Insane asylums in Bengal annual reports 1876-1887 - 1876-1887
Year: 1876
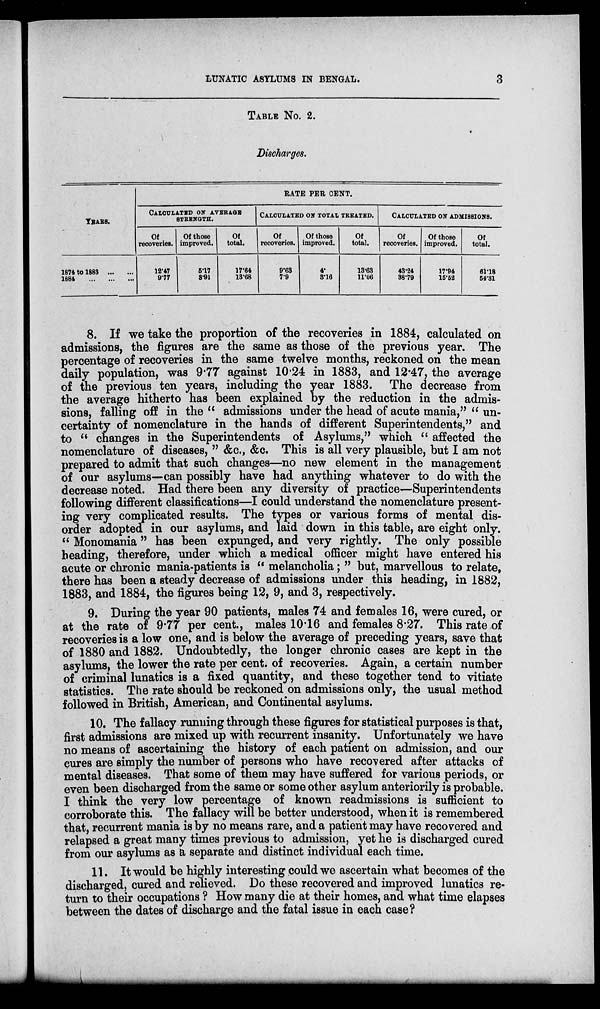
LUNATIC ASYLUMS IN BENGAL.
3
TABLE No. 2.
Discharges.
YEARS.
1874 to 1883
...
...
1884
...
...
RATE PER CENT.
CALCULATED ON AVERAGE
STRENGTH.
Of
recoveries.
12.47
9.77
Of those
improved.
5.17
3.91
Of.
total.
17.64
13.68
CALCULATED ON TOTAL TREATED.
Of
recoveries.
9.63
7.9
Of those
improved.
4.
3.16
Of
total.
13.63
11.06
CALCULATED ON ADMISSIONS.
Of
recoveries.
43.24
38.79
Of those
improved.
17.94
15.52
Of
total.
61.18
54.31
8. If we take the proportion of the recoveries in 1884, calculated on
admissions, the figures are the same as those of the previous year. The
percentage of recoveries in the same twelve months, reckoned on the mean
daily population, was 9.77 against 10.24 in 1883, and 12.47, the average
of the previous ten years, including the year 1883. The decrease from
the average hitherto has been explained by the reduction in the admis-
sions, falling off in the " admissions under the head of acute mania," " un-
certainty of nomenclature in the hands of different Superintendents," and
to " changes in the Superintendents of Asylums," which " affected the
nomenclature of diseases, " &c., &c. This is all very plausible, but I am not
prepared to admit that such changes—no new element in the management
of our asylums—can possibly have had anything whatever to do with the
decrease noted. Had there been any diversity of practice—Superintendents
following different classifications—I could understand the nomenclature present-
ing very complicated results. The types or various forms of mental dis-
order adopted in our asylums, and laid down in this table, are eight only.
" Monomania" has been expunged, and very rightly. The only possible
heading, therefore, under which a medical officer might have entered his
acute or chronic mania-patients is " melancholia; " but, marvellous to relate,
there has been a steady decrease of admissions under this heading, in 1882,
1883, and 1884, the figures being 12, 9, and 3, respectively.
9. During the year 90 patients, males 74 and females 16, were cured, or
at the rate of 9.77 per cent., males 10.16 and females 8.27. This rate of
recoveries is a low one, and is below the average of preceding years, save that
of 1880 and 1882. Undoubtedly, the longer chronic cases are kept in the
asylums, the lower the rate per cent. of recoveries. Again, a certain number
of criminal lunatics is a fixed quantity, and these together tend to vitiate
statistics. The rate should be reckoned on admissions only, the usual method
followed in British, American, and Continental asylums.
10. The fallacy running through these figures for statistical purposes is that,
first admissions are mixed up with recurrent insanity. Unfortunately we have
no means of ascertaining the history of each patient on admission, and our
cures are simply the number of persons who have recovered after attacks of
mental diseases. That some of them may have suffered for various periods, or
even been discharged from the same or some other asylum anteriority is probable.
I think the very low percentage of known readmissions is sufficient to
corroborate this. The fallacy will be better understood, when it is remembered
that, recurrent mania is by no means rare, and a patient may have recovered and
relapsed a great many times previous to admission, yet he is discharged cured
from our asylums as a separate and distinct individual each time.
11. It would be highly interesting could we ascertain what becomes of the
discharged, cured and relieved. Do these recovered and improved lunatics re-
turn to their occupations ? How many die at their homes, and what time elapses
between the dates of discharge and the fatal issue in each case?